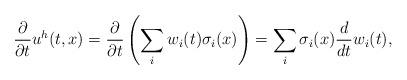
LaTeX: \begin{align*}\frac{\partial}{\partial t}u^h(t,x)=\frac{\partial}{\partial t}\left(\sum_i w_i(t)\sigma_i(x)\right)= \sum_i \sigma_i(x) \frac{d}{d t}w_i(t),\end{align*}